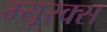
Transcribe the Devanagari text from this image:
म्यूरक्स